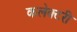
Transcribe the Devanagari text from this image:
कलेक्टरी